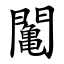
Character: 䦰